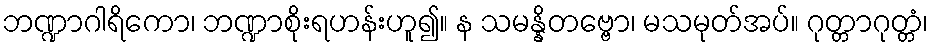
ဘဏ္ဍာဂါရိကော၊ ဘဏ္ဍာစိုးရဟန်းဟူ၍။ န သမန္နိတဗ္ဗော၊ မသမုတ်အပ်။ ဂုတ္တာဂုတ္တံ၊